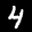
Label: 4